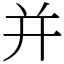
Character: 并